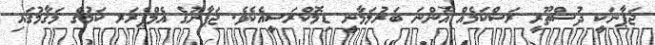
ޖަޕާނަކީ ދުސްތޫރީ ރަސްކަމެއް އޮންނަ ބަރުލަމާނީ ޑިމޮކްރަސީއެކެވެ. ޖަޕާނުގެ އެމްޕެރަރ ކަމުގެ މަޤާމުގައި